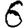
Digit: 6